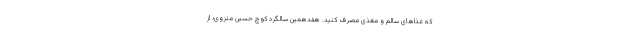
که غذاهای سالم و مغذی مصرف کنید. هفدهمین سالگرد کوچ حسین منزوی؛ از